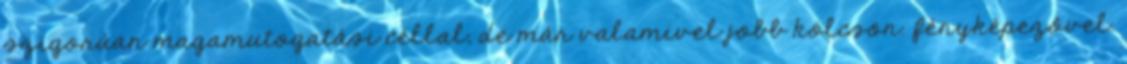
szigorúan magamutogatási céllal, de már valamivel jobb kölcsön. fényképezővel.